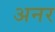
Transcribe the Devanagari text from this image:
अनर